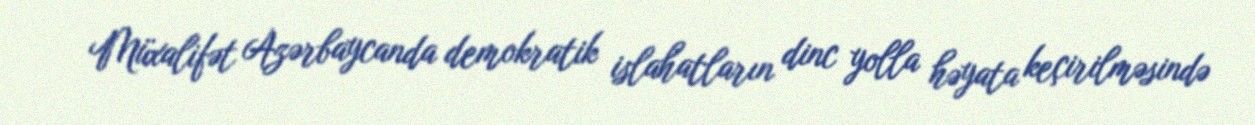
Müxalifət Azərbaycanda demokratik islahatların dinc yolla həyata keçirilməsində